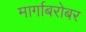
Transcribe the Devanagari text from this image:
मार्गाबरोबर